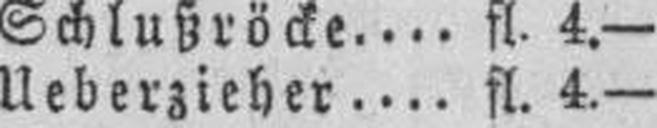
Ueberzieher fl. 4.—